Report on enteric fever
Disease focus: Fever
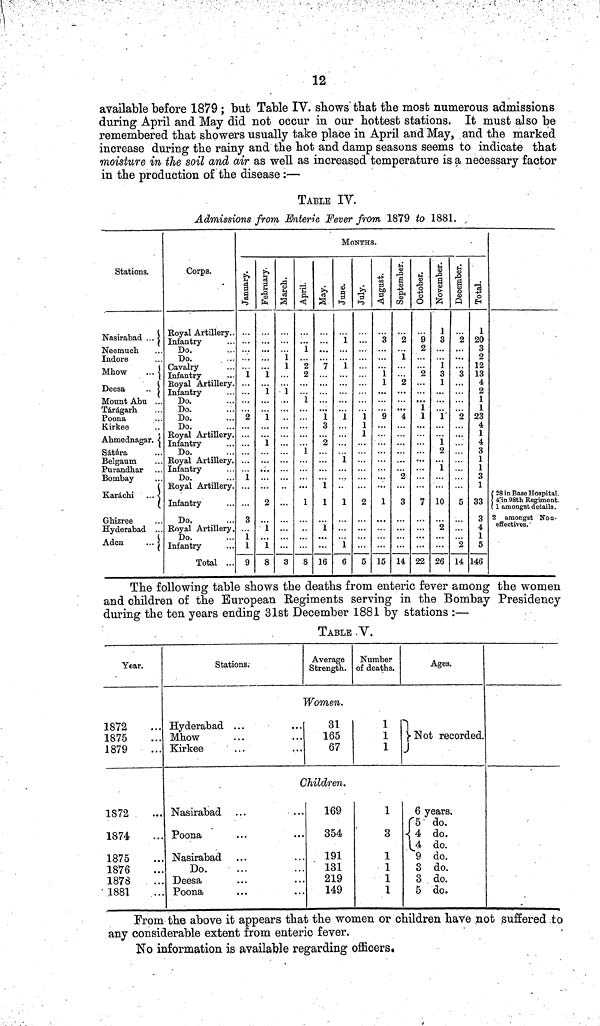
12
available before 1879 ; but Table IV. shows that the most numerous admissions
during April and May did not occur in our hottest stations. It must also be
remembered that showers usually take place in April and May, and the marked
increase during the rainy and the hot and damp seasons seems to indicate that
moisture in the soil and air as well as increased temperature is a necessary factor
in the production of the disease :—
TABLE IV.
Admissions from Enteric Fever from 1879 to 1881.
Stations.
Nasirabad ...
Neemuch
Indore
Mhow
...
Deesa
..
Mount Abu ...
Tárágarh
Poona
Kirkee
Ahmednagar.
Sátára
Purandhar
Bombay
Karáchi ...
Ghizree
Hyderabad ...
Aden
...
Corps.
Royal Artillery..
Infantry
Do.
Do.
Cavalry
Infantry
Royal Artillery.
Infantry
Do.
Do.
Do.
Do.
Royal Artillery
Infantry
Do
Royal Artillery
Infantry
Do.
Royal Artillery.
Infantry
Do.
Royal Artillery,
Do
Infantry
Total ...
MONTHS.
January.
1
2
1
3
1
1
9
February.
...
1
1
1
1
2
1
1
8
March.
1
1
1
3
April.
1
2
2
1
1
1
8
May.
7
1
3
2
1
1
1
...
16
June.
1
1
1
1
1
1
6
July.
1
1
1
2
5
August.
3
1
1
9
1
15
September.
2
1
2
4
2
3
14
October.
9
2
2
1
1
7
22
November.
1
3
i
3
1
1'
1
2
1
10
2
26
December.
2
>• •
...
3
...
2
5
2
14
Total.
1
20
3
2
12
13
4
2
1
1
23
4
1
4
3
1
1
3
1
33
3
4
1
5
146
28 in Base Hospital
4 in 98th Regiment
1 amongst details.
2 amongst Non-
effectives.
The following table shows the deaths from enteric fever among the women
and children of the European Regiments serving in the Bombay Presidency
during the ten years ending 31st December 1881 by stations :—
TABLE .V.
Year.
1872
1875
1879
1872
1874
1875
1876
1878
1881
Stations;
Hyderabad ...
Mhow
Kirkee
Average
Strength.
Women.
31
165
67
Children.
Nasirabad
Poona
Nasirabad
Do.
Deesa
Poona
169
354
.
191
.
131
219
149
Number
of deaths.
1
1
1
1
3
1
1
1
1
Ages.
Not recorded.
6 years.
f5 do.
4 do.
4
do.
9 do.
3 do.
3 do.
5 do.
From the above it appears that the women or children have not suffered to
any considerable extent from enteric fever.
No information is available regarding officers.